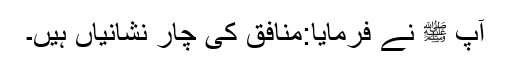
آپ ﷺ نے فرمایا:منافق کی چار نشانیاں ہیں۔